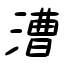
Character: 漕